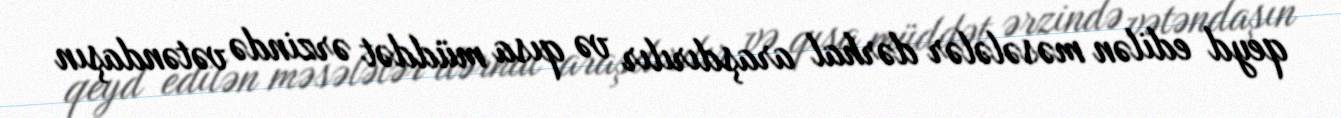
qeyd edilən məsələlər dərhal araşdırılır və qısa müddət ərzində vətəndaşın